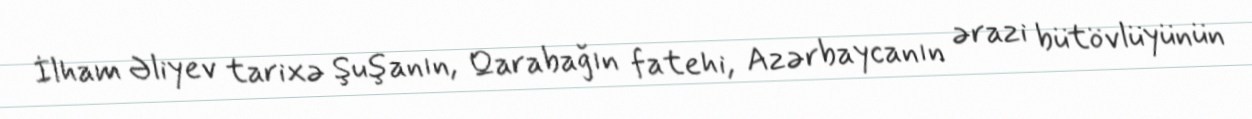
İlham Əliyev tarixə Şuşanın, Qarabağın fatehi, Azərbaycanın ərazi bütövlüyünün